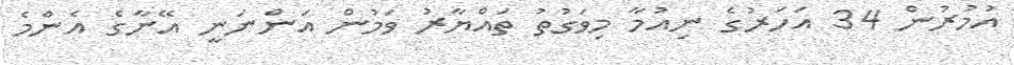
އުމުރުން 34 އަހަރުގެ ނިއުމާ މިވަގުތު ތައްޔާރު ވަމުން އަންނަނީ އޭނާގެ އެންމެ